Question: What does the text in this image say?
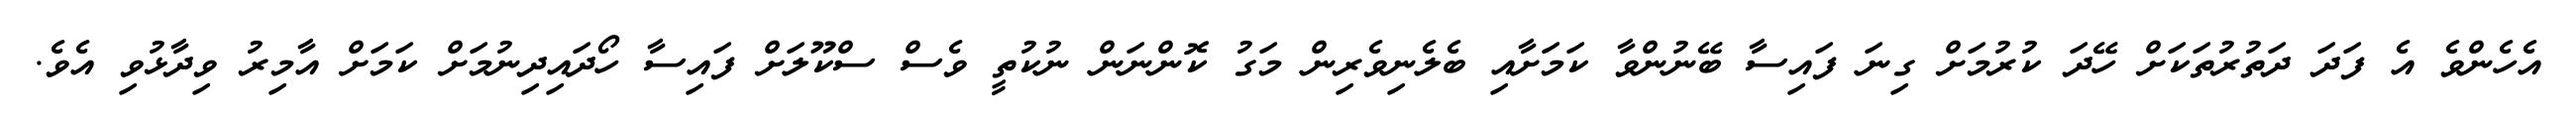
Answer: އެހެންވެ އެ ފަދަ ދަތުރުތަކަށް ހޭދަ ކުރުމަށް ގިނަ ފައިސާ ބޭނުންވާ ކަމަށާއި ބެލެނިވެރިން މަގު ކޮންނަން ނުކުތީ ވެސް ސްކޫލަށް ފައިސާ ހޯދައިދިނުމަށް ކަމަށް އާމިރު ވިދާޅުވި އެވެ.